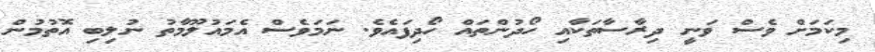
މިކަމަށް ވެސް ވަނީ ދިރާސާތަކާއި ހޯދުންތައް ހޯދިފައެވެ. ނަމަވެސް އެމައުލޫމާތު ނުލިބި އޮތުމުން